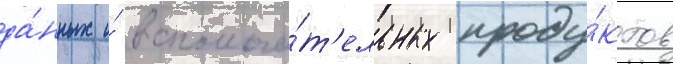
да́нных и́ вспомога́т'ельных проду́ктов